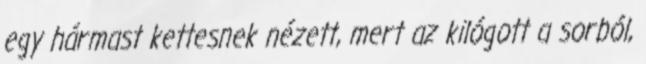
egy hármast kettesnek nézett, mert az kilógott a sorból,